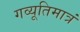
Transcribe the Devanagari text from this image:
गव्यूतिमात्रं